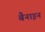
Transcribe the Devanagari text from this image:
बैनाइन